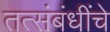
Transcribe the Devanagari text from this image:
तत्संबंधींचे